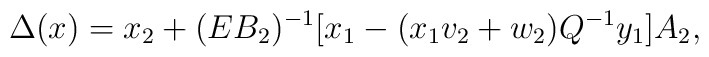
\Delta (x)= x_2+ (EB_2)^{-1} \lbrack x_1-(x_1v_2+w_2)Q^{-1}y_1     \rbrack A_2,